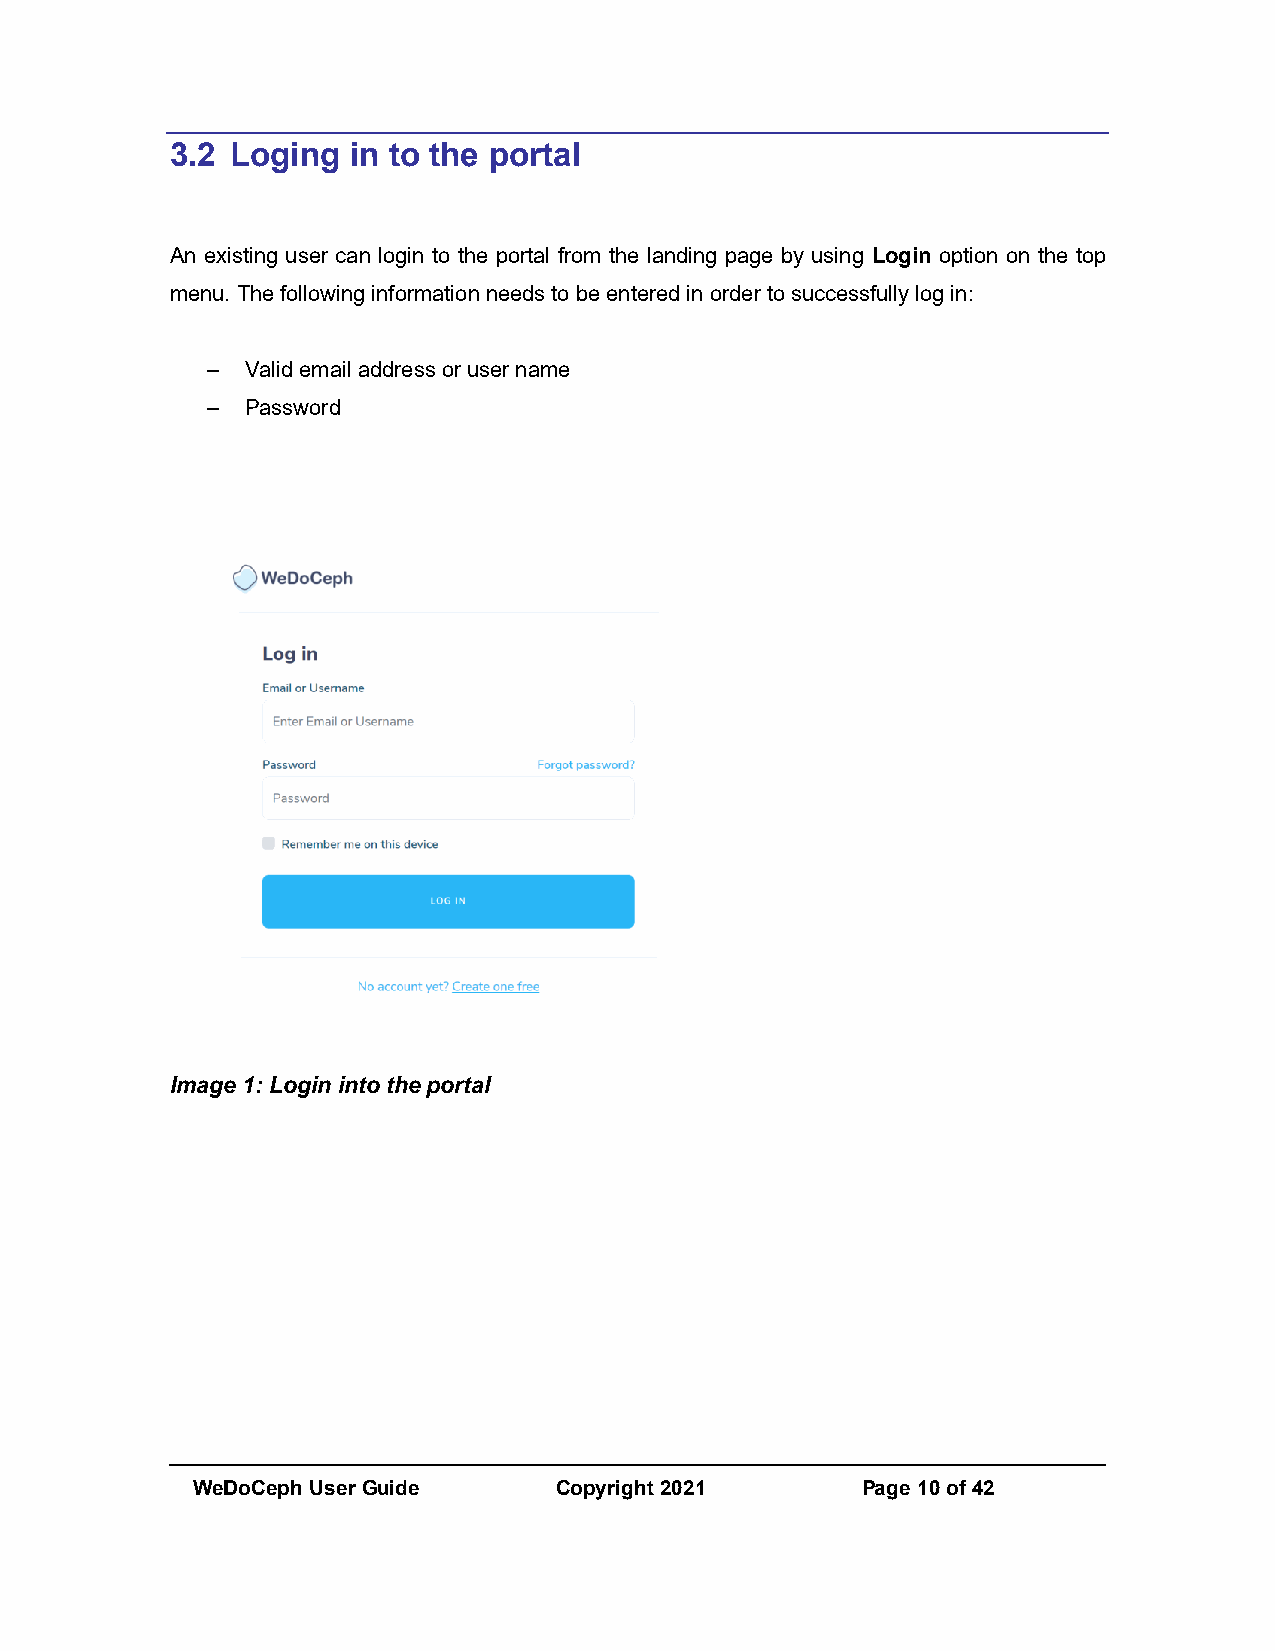
3.2 Loging  in to the portal
 An existing user can login to the portal from the landing page by using Login option on the top
 menu. The following information needs to be entered in order to successfully log in:
 – Valid email address or user name
 – Password
 Image 1: Login into the portal
 WeDoCeph User Guide     Copyright 2021      Page 10 of 42